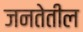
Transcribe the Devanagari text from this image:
जनतेतील